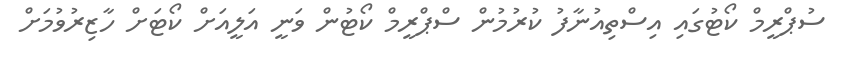
ސުޕްރީމް ކޯޓުގައި އިސްތިއުނާފު ކުރުމުން ސްޕްރީމް ކޯޓުން ވަނީ އަލީއަށް ކޯޓަށް ހާޒިރުވުމަށް